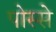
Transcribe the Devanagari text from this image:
पोस्से